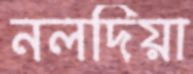
নলদিয়া